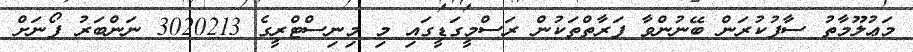
މަޢުލޫމާތު ސާފުކުރަން ބޭނުންވާ ފަރާތްތަކުން ރަސްމީގަޑީގައި މި މިނިސްޓްރީގެ 3020213 ނަންބަރު ފޯނަށް